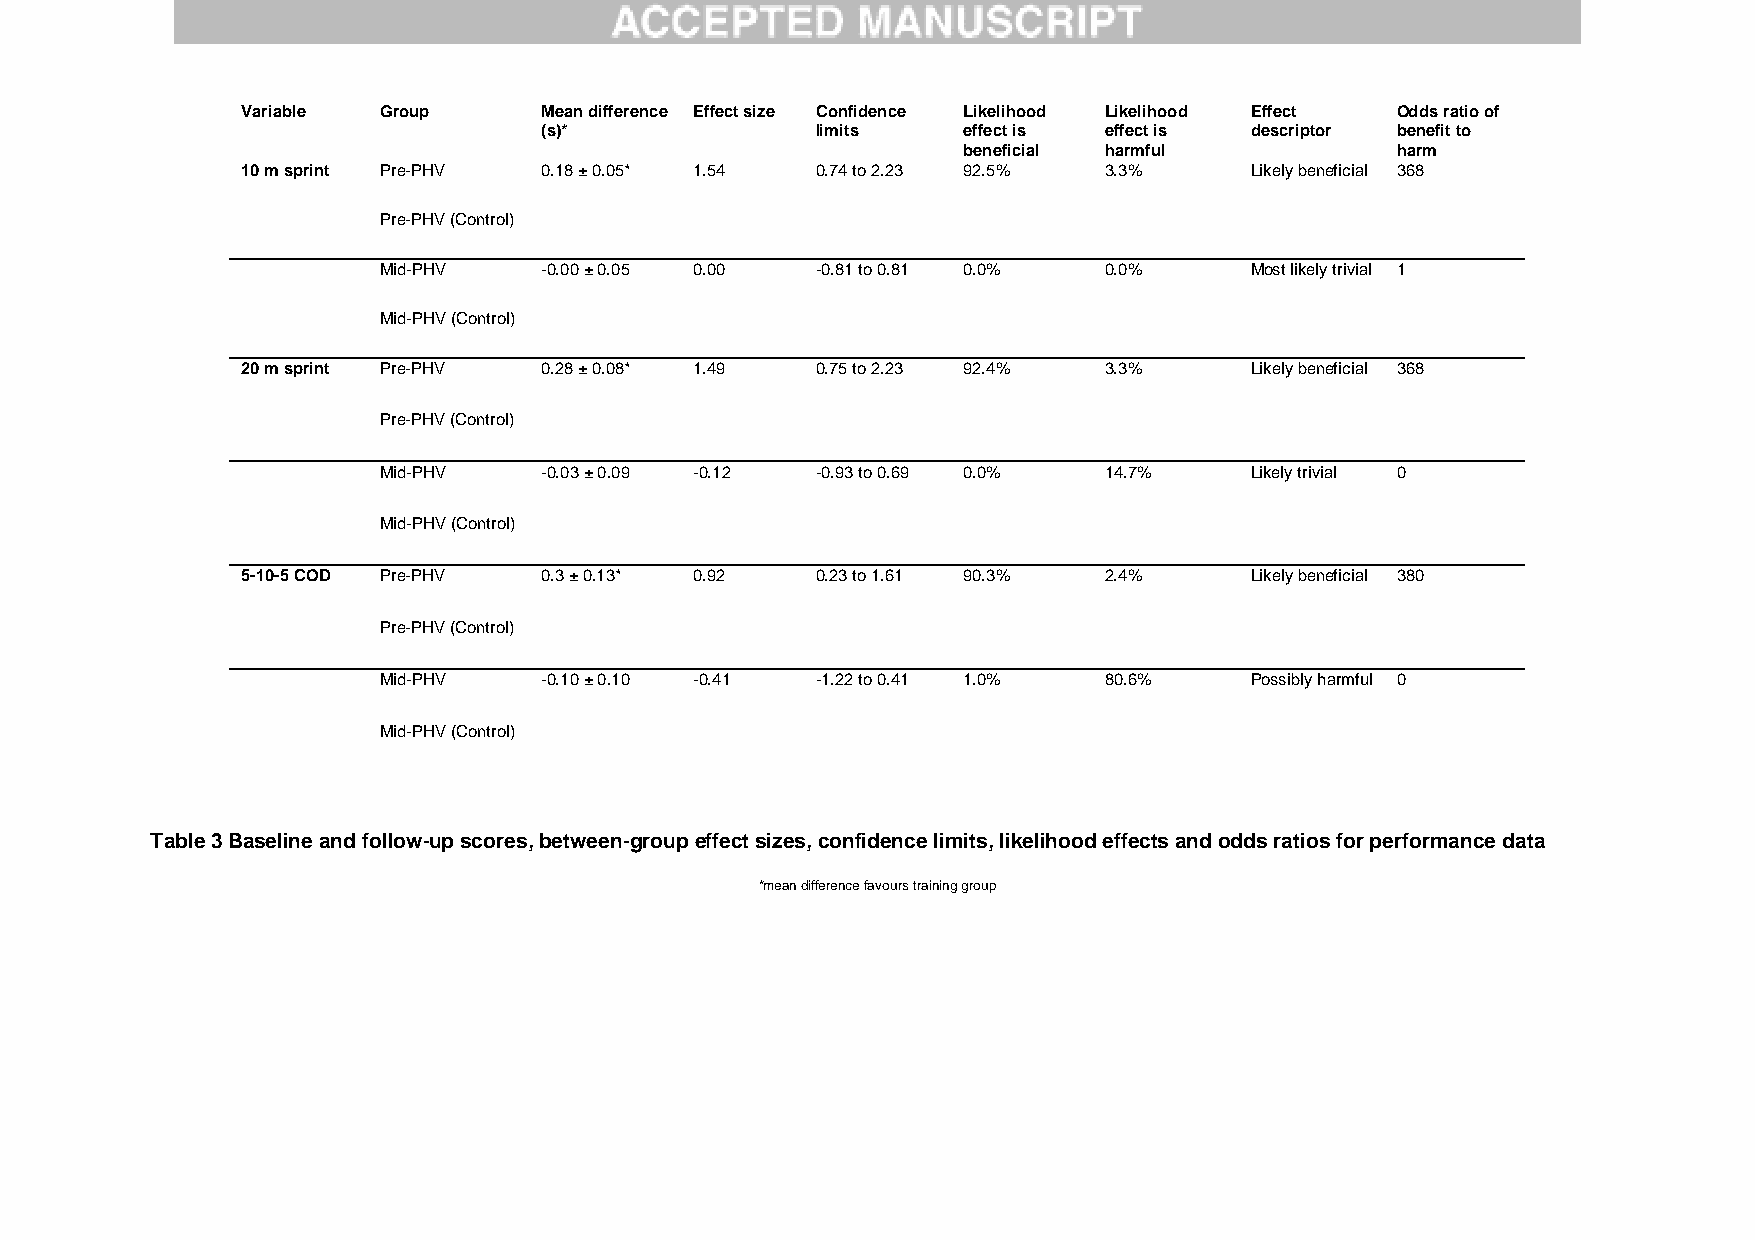
Variable Group      Mean difference Effect size Confidence Likelihood Likelihood Effect Odds ratio of
 (s)*              limits    effect is effect is descriptor benefit to
 beneficial harmful          harm
 10 m sprint Pre-PHV 0.18 ± 0.05* 1.54 0.74 to 2.23 92.5% 3.3%      Likely beneficial 368
 Pre-PHV (Control)
 Mid-PHV    -0.00 ± 0.05 0.00 -0.81 to 0.81 0.0% 0.0%      Most likely trivial 1
 Mid-PHV (Control)
 20 m sprint Pre-PHV 0.28 ± 0.08* 1.49 0.75 to 2.23 92.4% 3.3%      Likely beneficial 368
 Pre-PHV (Control)
 Mid-PHV    -0.03 ± 0.09 -0.12 -0.93 to 0.69 0.0% 14.7%    Likely trivial 0
 Mid-PHV (Control)
 5-10-5 COD Pre-PHV  0.3 ± 0.13* 0.92  0.23 to 1.61 90.3% 2.4%      Likely beneficial 380
 Pre-PHV (Control)
 Mid-PHV    -0.10 ± 0.10 -0.41 -1.22 to 0.41 1.0% 80.6%    Possibly harmful 0
 Mid-PHV (Control)
 Table 3 Baseline and follow-up scores, between-group effect sizes, confidence limits, likelihood effects and odds ratios for performance data
 *mean difference favours training group